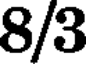
8/3